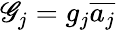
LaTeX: \mathscr{G}_{j}=g_{j}\overline{{{a_{j}}}}